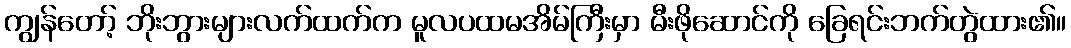
ကျွန်တော့် ဘိုးဘွားများလက်ထက်က မူလပထမအိမ်ကြီးမှာ မီးဖိုဆောင်ကို ခြေရင်းဘက်တွဲထား၏။